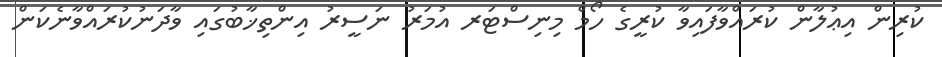
ކުރިން އިޢުލާން ކުރައްވާފައިވާ ކުރީގެ ހޯމް މިނިސްޓަރ އުމަރު ނަސީރު އިންތިޚާބުގައި ވާދަނުކުރައްވާނެކަން